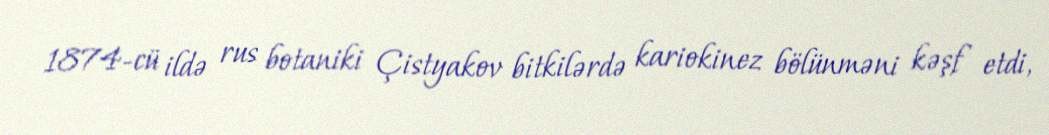
1874-cü ildə rus botaniki Çistyakov bitkilərdə kariokinez bölünməni kəşf etdi,